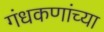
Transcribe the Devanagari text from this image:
गंधकणांच्या